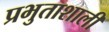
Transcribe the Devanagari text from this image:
प्रभुताशाली